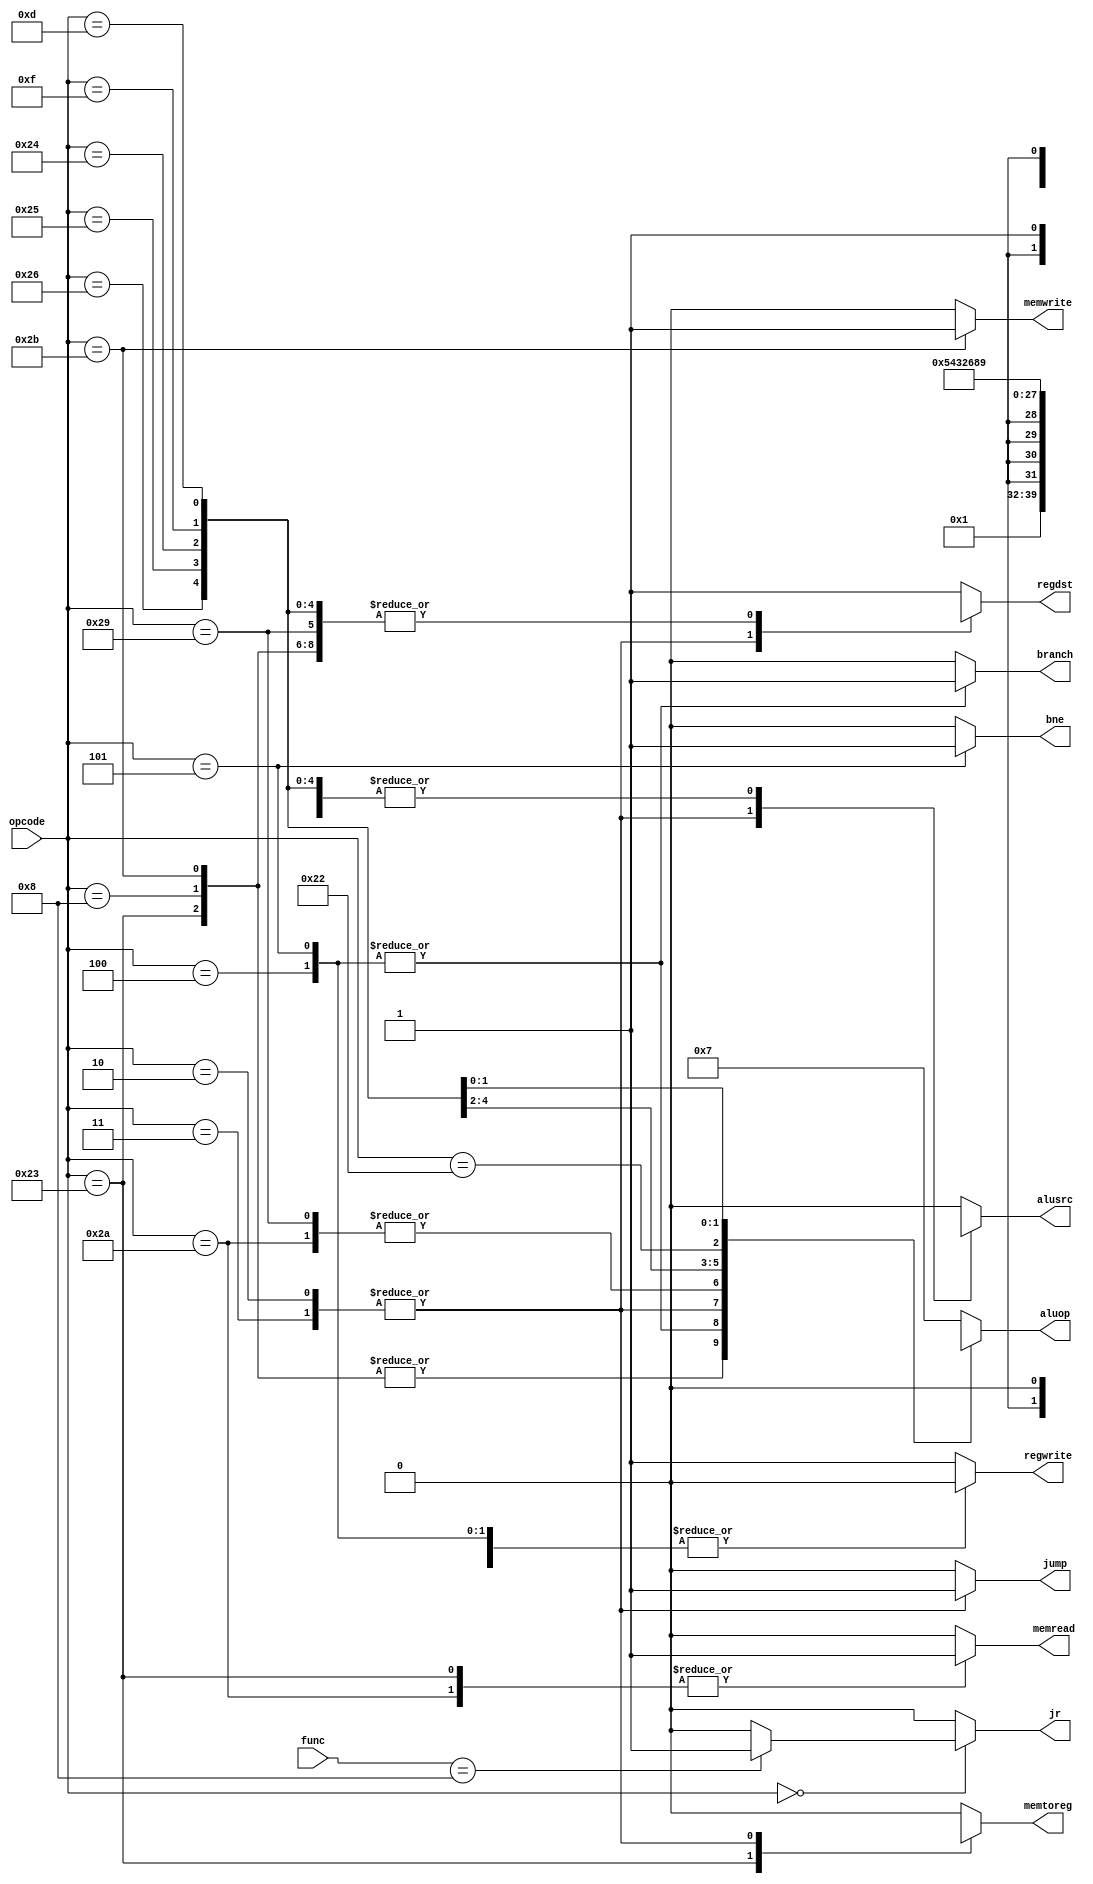
module control(
			input wire [5:0] opcode, func,
			output reg branch, bne,
			output reg [3:0] aluop,
			output reg memread, memwrite, memtoreg,
		    output reg regdst, regwrite, alusrc,
			output reg jump, output wire jr);
			
	always @(*) begin
		/* defaults */
		aluop[2:0] <= 2'b111;
		alusrc 	   <= 1'b0;
		bne 	   <= 1'b0;
		memread    <= 1'b0;
		memtoreg   <= 1'b0;
		memwrite   <= 1'b0;
		regdst     <= 1'b1;
		regwrite   <= 1'b1;
		jump 	   <= 1'b0;
		
		case(opcode)
			6'b100011: begin 	/* lw */
				memread   <= 1'b1;
				regdst    <= 1'b0;
				memtoreg  <= 1'b1;
				aluop  <= 4'b0000;
				alusrc    <= 1'b1;
				branch <= 1'b0;
				bne 	   <= 1'b0;
				regwrite 	   <= 1'b1;
			end
			6'b001000: begin 	/* addi */
				regdst	  <= 1'b0;
				aluop  <= 4'b0000;
				alusrc	  <= 1'b1;
				branch <= 1'b0;
				bne 	   <= 1'b0;
				memread    <= 1'b0;
				memwrite   <= 1'b0;

			end
			6'b000100: begin 	/* beq */
				aluop  <= 4'b0001;
				branch <= 1'b1;
				regwrite  <= 1'b0;
				alusrc <= 1'b0;
				bne 	   <= 1'b0;
			end
			6'b101011: begin 	/* sw */
				regdst 	  <= 1'b0;
				memread   <= 1'b0;
				memtoreg  <= 1'b0;
				memwrite  <= 1'b1;
				aluop  <= 4'b0000;
				alusrc	  <= 1'b1;
				regwrite  <= 1'b0;
				branch <= 1'b0;
				bne 	   <= 1'b0;
			end
			6'b000101: begin 	/* bne */
				aluop  <= 4'b0001;
				branch <= 1'b1;
				regwrite  <= 1'b0;
				alusrc <= 1'b0;
				bne <=1'b1;
				memread    <= 1'b0;
				memwrite   <= 1'b0;

			end
			6'b000000: begin	/* add */
				regdst    <= 1'b1;
				regwrite  <= 1'b1;
				alusrc 	  <= 1'b0;
				aluop  <= 3'b111;
				memwrite  <= 1'b0;
				memread   <= 1'b0;
				memtoreg  <= 1'b0;
				jump 	  <= 1'b0;
				branch <= 1'b0;
				bne 	   <= 1'b0;
			end
			6'b000010: begin 	/* j */
				regdst    <= 1'bX;
				regwrite  <= 1'b0;
				alusrc    <= 1'bX;
				aluop     <= 4'bXXX;
				memwrite  <= 1'b0;
				memread	  <= 1'b0;
				memtoreg  <= 1'bX;
				branch <= 1'b0;
				jump      <= 1'b1;
				bne 	   <= 1'b0;
			end
			6'b000011: begin 	/* jal */
				regdst    <= 1'bX;
				regwrite  <= 1'b1;
				alusrc    <= 1'bX;
				aluop     <= 4'bXXX;
				memwrite  <= 1'b0;
				memread	  <= 1'b0;
				memtoreg  <= 1'bX;
				branch <= 1'b0;
				jump      <= 1'b1;
				bne 	   <= 1'b0;
			end
			6'b101010: begin     /* slt */
				regdst    <= 1'b1;
				regwrite  <= 1'b1;
				alusrc    <= 1'b0;
				aluop     <= 4'b101;
				memwrite  <= 1'b0;
				memread   <= 1'b1;
				memtoreg  <= 1'b0;
				branch <= 1'b0;
				bne 	   <= 1'b0;
				jump      <= 1'b0;
			end
			6'b101001: begin      /* sltu */
				regdst	  <= 1'b0;
				regwrite  <= 1'b1;
				alusrc	  <= 1'b0;
				aluop     <= 4'b101;
				memwrite  <= 1'b0;
				memread   <= 1'b0;
				memtoreg  <= 1'b0;
				branch <= 1'b0;
				bne 	   <= 1'b0;
				jump      <= 1'b0;
			end
			6'b100110: begin      /* xor */
				regdst    <= 1'b0;
				regwrite  <= 1'b1;
				alusrc    <= 1'b1;
				aluop     <= 4'b100;
				memwrite  <= 1'b0;
				memread   <= 1'b0;
				memtoreg  <= 1'b0;
				branch <= 1'b0;
				bne 	   <= 1'b0;
				jump      <= 1'b0;
			end
			6'b100101: begin      /* or */
				regdst    <= 1'b0;
				regwrite  <= 1'b1;
				alusrc    <= 1'b1;
				aluop     <= 4'b011;
				memwrite  <= 1'b0;
				memread   <= 1'b0;
				memtoreg  <= 1'b0;
				branch <= 1'b0;
				bne 	   <= 1'b0;
				
	
				jump      <= 1'b0;
			end
			6'b100100: begin      /* and */
				regdst    <= 1'b0;
				regwrite  <= 1'b1;
				alusrc    <= 1'b1;
				aluop     <= 4'b010;
				memwrite  <= 1'b0;
				memread   <= 1'b0;
				memtoreg  <= 1'b0;
				branch <= 1'b0;
				bne 	   <= 1'b0;
				jump      <= 1'b0;
			end
			6'b100010: begin     /* sub */
				regdst    <= 1'b1;
				regwrite  <= 1'b1;
				alusrc    <= 1'b0;
				aluop     <= 4'b110;
				memwrite  <= 1'b0;
				memread   <= 1'b0;
				memtoreg  <= 1'b0;
				branch <= 1'b0;
				bne 	   <= 1'b0;
				jump      <= 1'b0;
			end
			6'b001111: begin
				regdst    <= 1'b0;
				regwrite  <= 1'b1;
				alusrc    <= 1'b1;
				aluop     <= 4'b1000;
				memwrite  <= 1'b0;
				memread   <= 1'b0;
				memtoreg  <= 1'b0;
				branch <= 1'b0;
				bne 	   <= 1'b0;
				jump      <= 1'b0;
			end
			6'b001101: begin      /* ori */
				regdst    <= 1'b0;
				regwrite  <= 1'b1;
				alusrc    <= 1'b1;
				aluop     <= 4'b1001;
				memwrite  <= 1'b0;
				memread   <= 1'b0;
				memtoreg  <= 1'b0;
				branch <= 1'b0;
				bne 	   <= 1'b0;
				jump      <= 1'b0;
			end
			default: begin
				regdst    <= 1'b1;
				regwrite  <= 1'b1;
				alusrc    <= 1'b0;
				aluop     <= 4'b0111;
				memwrite  <= 1'b0;
				memread   <= 1'b0;
				memtoreg  <= 1'b0;
				branch <= 1'b0;
				bne 	   <= 1'b0;
				jump      <= 1'b0;
			end
		endcase
	end
	assign jr = (opcode == 6'b000000) ? ((func == 6'b001000) ? 1'b1 : 1'b0) : 1'b0;
endmodule